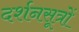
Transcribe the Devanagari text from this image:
दर्शनसूत्रों